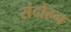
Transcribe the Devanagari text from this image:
संदोहन